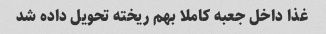
غذا داخل جعبه کاملا بهم ریخته تحویل داده شد